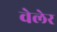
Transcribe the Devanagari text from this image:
वेलेर